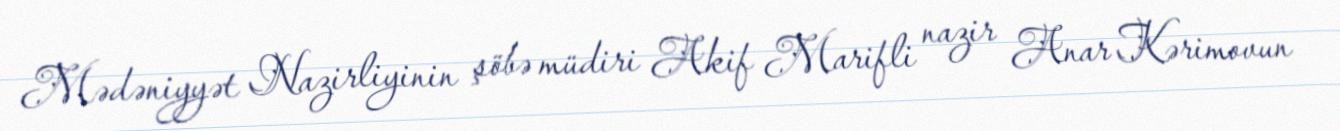
Mədəniyyət Nazirliyinin şöbə müdiri Akif Marifli nazir Anar Kərimovun